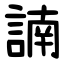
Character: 諵